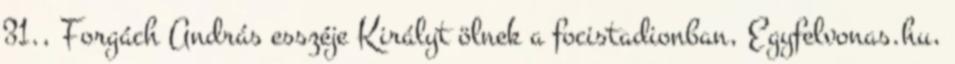
31., Forgách András esszéje Királyt ölnek a focistadionban, Egyfelvonas.hu,